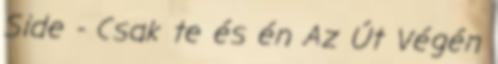
Side - Csak te és én Az Út Végén